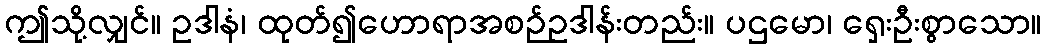
ဤသို့လျှင်။ ဥဒါနံ၊ ထုတ်၍ဟောရာအစဉ်ဥဒါန်းတည်း။ ပဌမော၊ ရှေးဦးစွာသော။